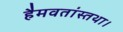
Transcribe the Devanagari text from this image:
हैमवतांस्तथा।